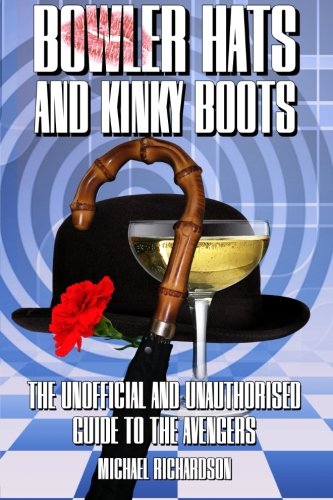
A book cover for Bowler Hats and Kinky Boots (The Avengers): The Unofficial and Unauthorised Guide to The Avengers; Michael Richardson; Arts & Photography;